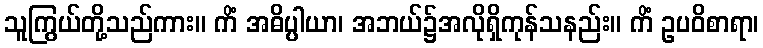
သူကြွယ်တို့သည်ကား။ ကိံ အဓိပ္ပါယာ၊ အဘယ်၌အလိုရှိကုန်သနည်း။ ကိံ ဥပဝိစာရာ၊